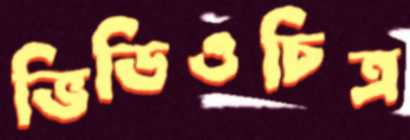
ভিডিওচিত্র